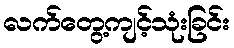
လက်တွေ့ကျင့်သုံးခြင်း